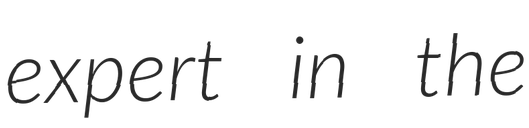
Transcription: expert in the